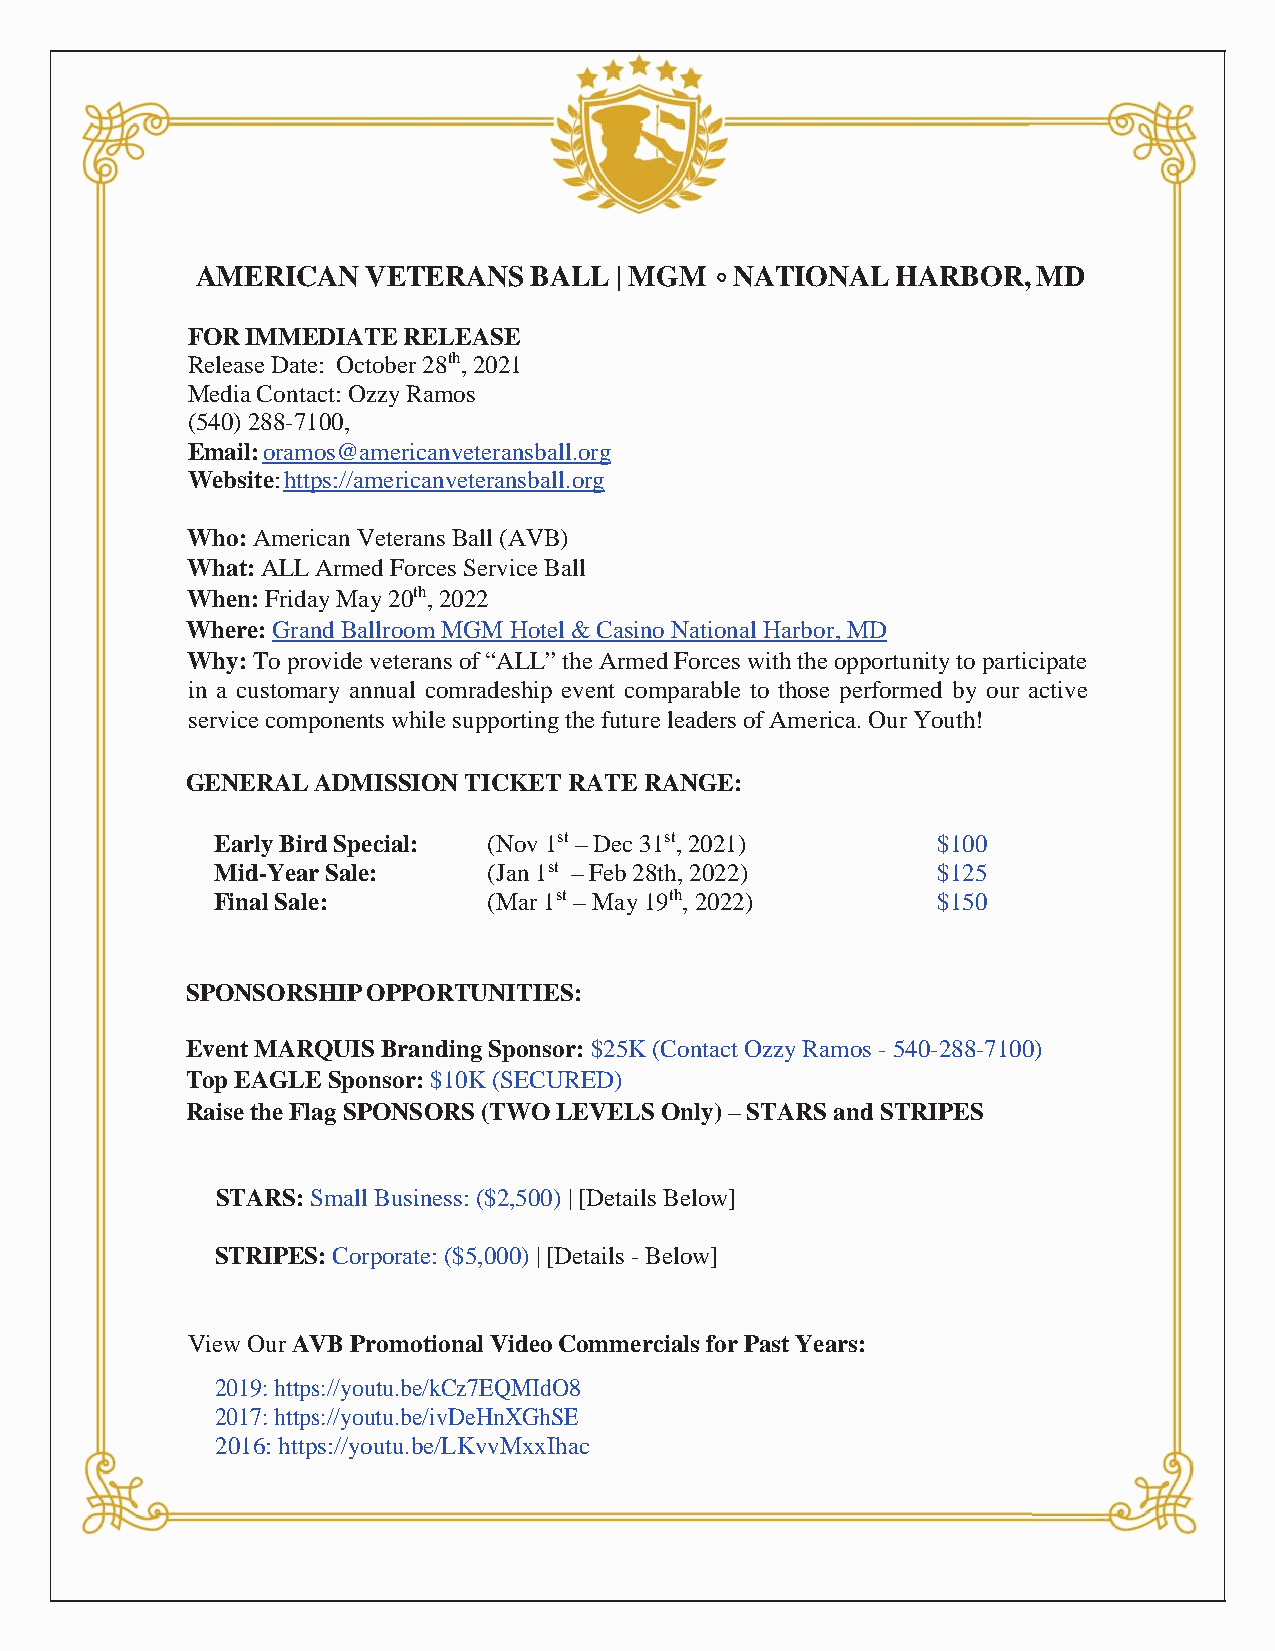
AMERICAN   VETERANS   BALL  | MGM   NATIONAL  HARBOR,   MD
 FOR IMMEDIATE  RELEASE
 Release Date: October 28th, 2021
 Media Contact: Ozzy Ramos
 (540) 288-7100,
 Email: oramos@americanveteransball.org
 Website: https://americanveteransball.org
 Who: American Veterans Ball (AVB)
 What: ALL Armed Forces Service Ball
 When: Friday May 20th, 2022
 Where: Grand Ballroom MGM Hotel & Casino National Harbor, MD
 Why: To provide veterans of “ALL” the Armed Forces with the opportunity to participate
 in a customary annual comradeship event comparable to those performed by our active
 service components while supporting the future leaders of America. Our Youth!
 GENERAL  ADMISSION TICKET RATE RANGE:
 Early Bird Special: (Nov 1st – Dec 31st, 2021)  $100
 Mid-Year Sale:    (Jan 1st – Feb 28th, 2022)    $125
 Final Sale:       (Mar 1st – May 19th, 2022)    $150
 SPONSORSHIP OPPORTUNITIES:
 Event MARQUIS Branding Sponsor: $25K (Contact Ozzy Ramos - 540-288-7100)
 Top EAGLE Sponsor: $10K (SECURED)
 Raise the Flag SPONSORS (TWO LEVELS Only) – STARS and STRIPES
 STARS: Small Business: ($2,500) | [Details Below]
 STRIPES: Corporate: ($5,000) | [Details - Below]
 View Our AVB Promotional Video Commercials for Past Years:
 2019: https://youtu.be/kCz7EQMIdO8
 2017: https://youtu.be/ivDeHnXGhSE
 2016: https://youtu.be/LKvvMxxIhac